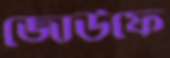
জোউফে